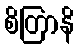
စိတြာနိ